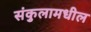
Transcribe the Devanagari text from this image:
संकुलामधील